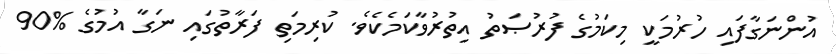
އުންނަގާފައި ހުރުމަކީ މިކަމުގެ ފުރުޞަތު އިތުރުވާކަމެކެވެ. ކުރިމަތި ފަރާތުގައި ނަގާ އުމުގެ %90